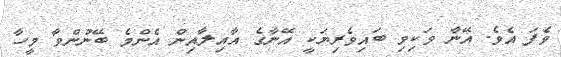
ވެފަ އެވެ. އޭނާ ވަކިވި ބައިވެރިޔަކީ އޭނާގެ އާއިލާއިން އެންމެ ބޭނުންވާ މީހާ